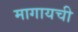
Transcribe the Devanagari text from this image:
मागायची